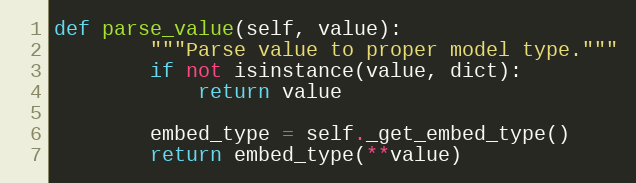
Language: Python
def parse_value(self, value):
        """Parse value to proper model type."""
        if not isinstance(value, dict):
            return value

        embed_type = self._get_embed_type()
        return embed_type(**value)